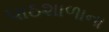
પાઠશાળાના